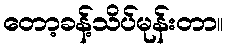
တော့ခန့်သိပ်မုန်းတာ။